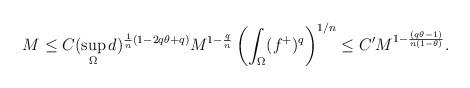
LaTeX: \begin{align*}M \le {} & C (\sup_{\Omega} d)^{\frac{1}{n}(1-2q\theta +q)} M^{1-\frac{q}{n}} \left( \int_{\Omega} (f^+)^q \right)^{1/n} \le C' M^{1- \frac{(q\theta-1)}{n(1-\theta)}}. \\\end{align*}